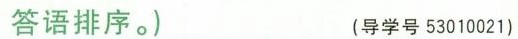
答语排序。) (导学号 53010021)